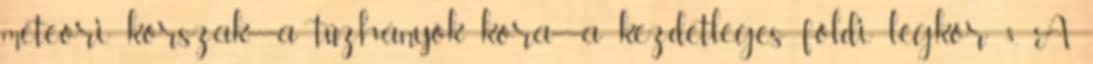
meteori korszak—a tűzhányók kora—a kezdetleges földi légkör 8. A